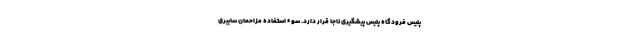
پلیس فرودگاه پلیس پیشگیری ناجا قرار دارد. سوء استفاده مزاحمان سایبری